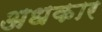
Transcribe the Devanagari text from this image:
अधकार